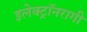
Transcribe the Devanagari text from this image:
इलेक्ट्रॉनरागी